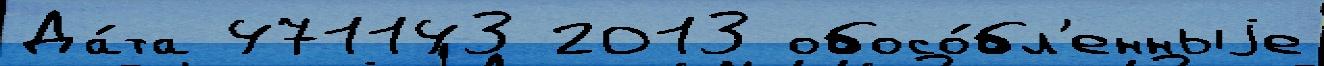
Да́та 471143 2013 обосо́бл'енныjе